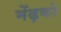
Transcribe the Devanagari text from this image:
मेंढ़को